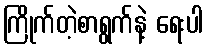
ကြိုက်တဲ့စာရွက်နဲ့ ရေးပါ